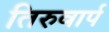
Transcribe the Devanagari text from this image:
तिरुवार्प